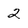
Character: 2